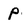
Character: P